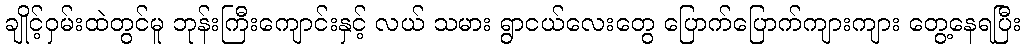
ချိုင့်ဝှမ်းထဲတွင်မူ ဘုန်းကြီးကျောင်းနှင့် လယ် သမား ရွာငယ်လေးတွေ ပြောက်ပြောက်ကျားကျား တွေ့နေရပြီး